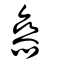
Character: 叅